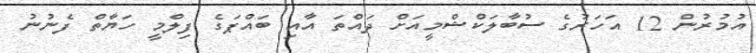
އުމުރުން 12 އަހަރުގެ ސުބާލަކްޝްމީއަށް ދައްތަ އާއި ބައްޕަގެ ފިލްމީ ހަޔާތް ފެނުނު